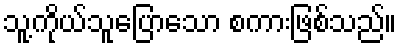
သူ့ကိုယ်သူပြောသော စကားဖြစ်သည်။